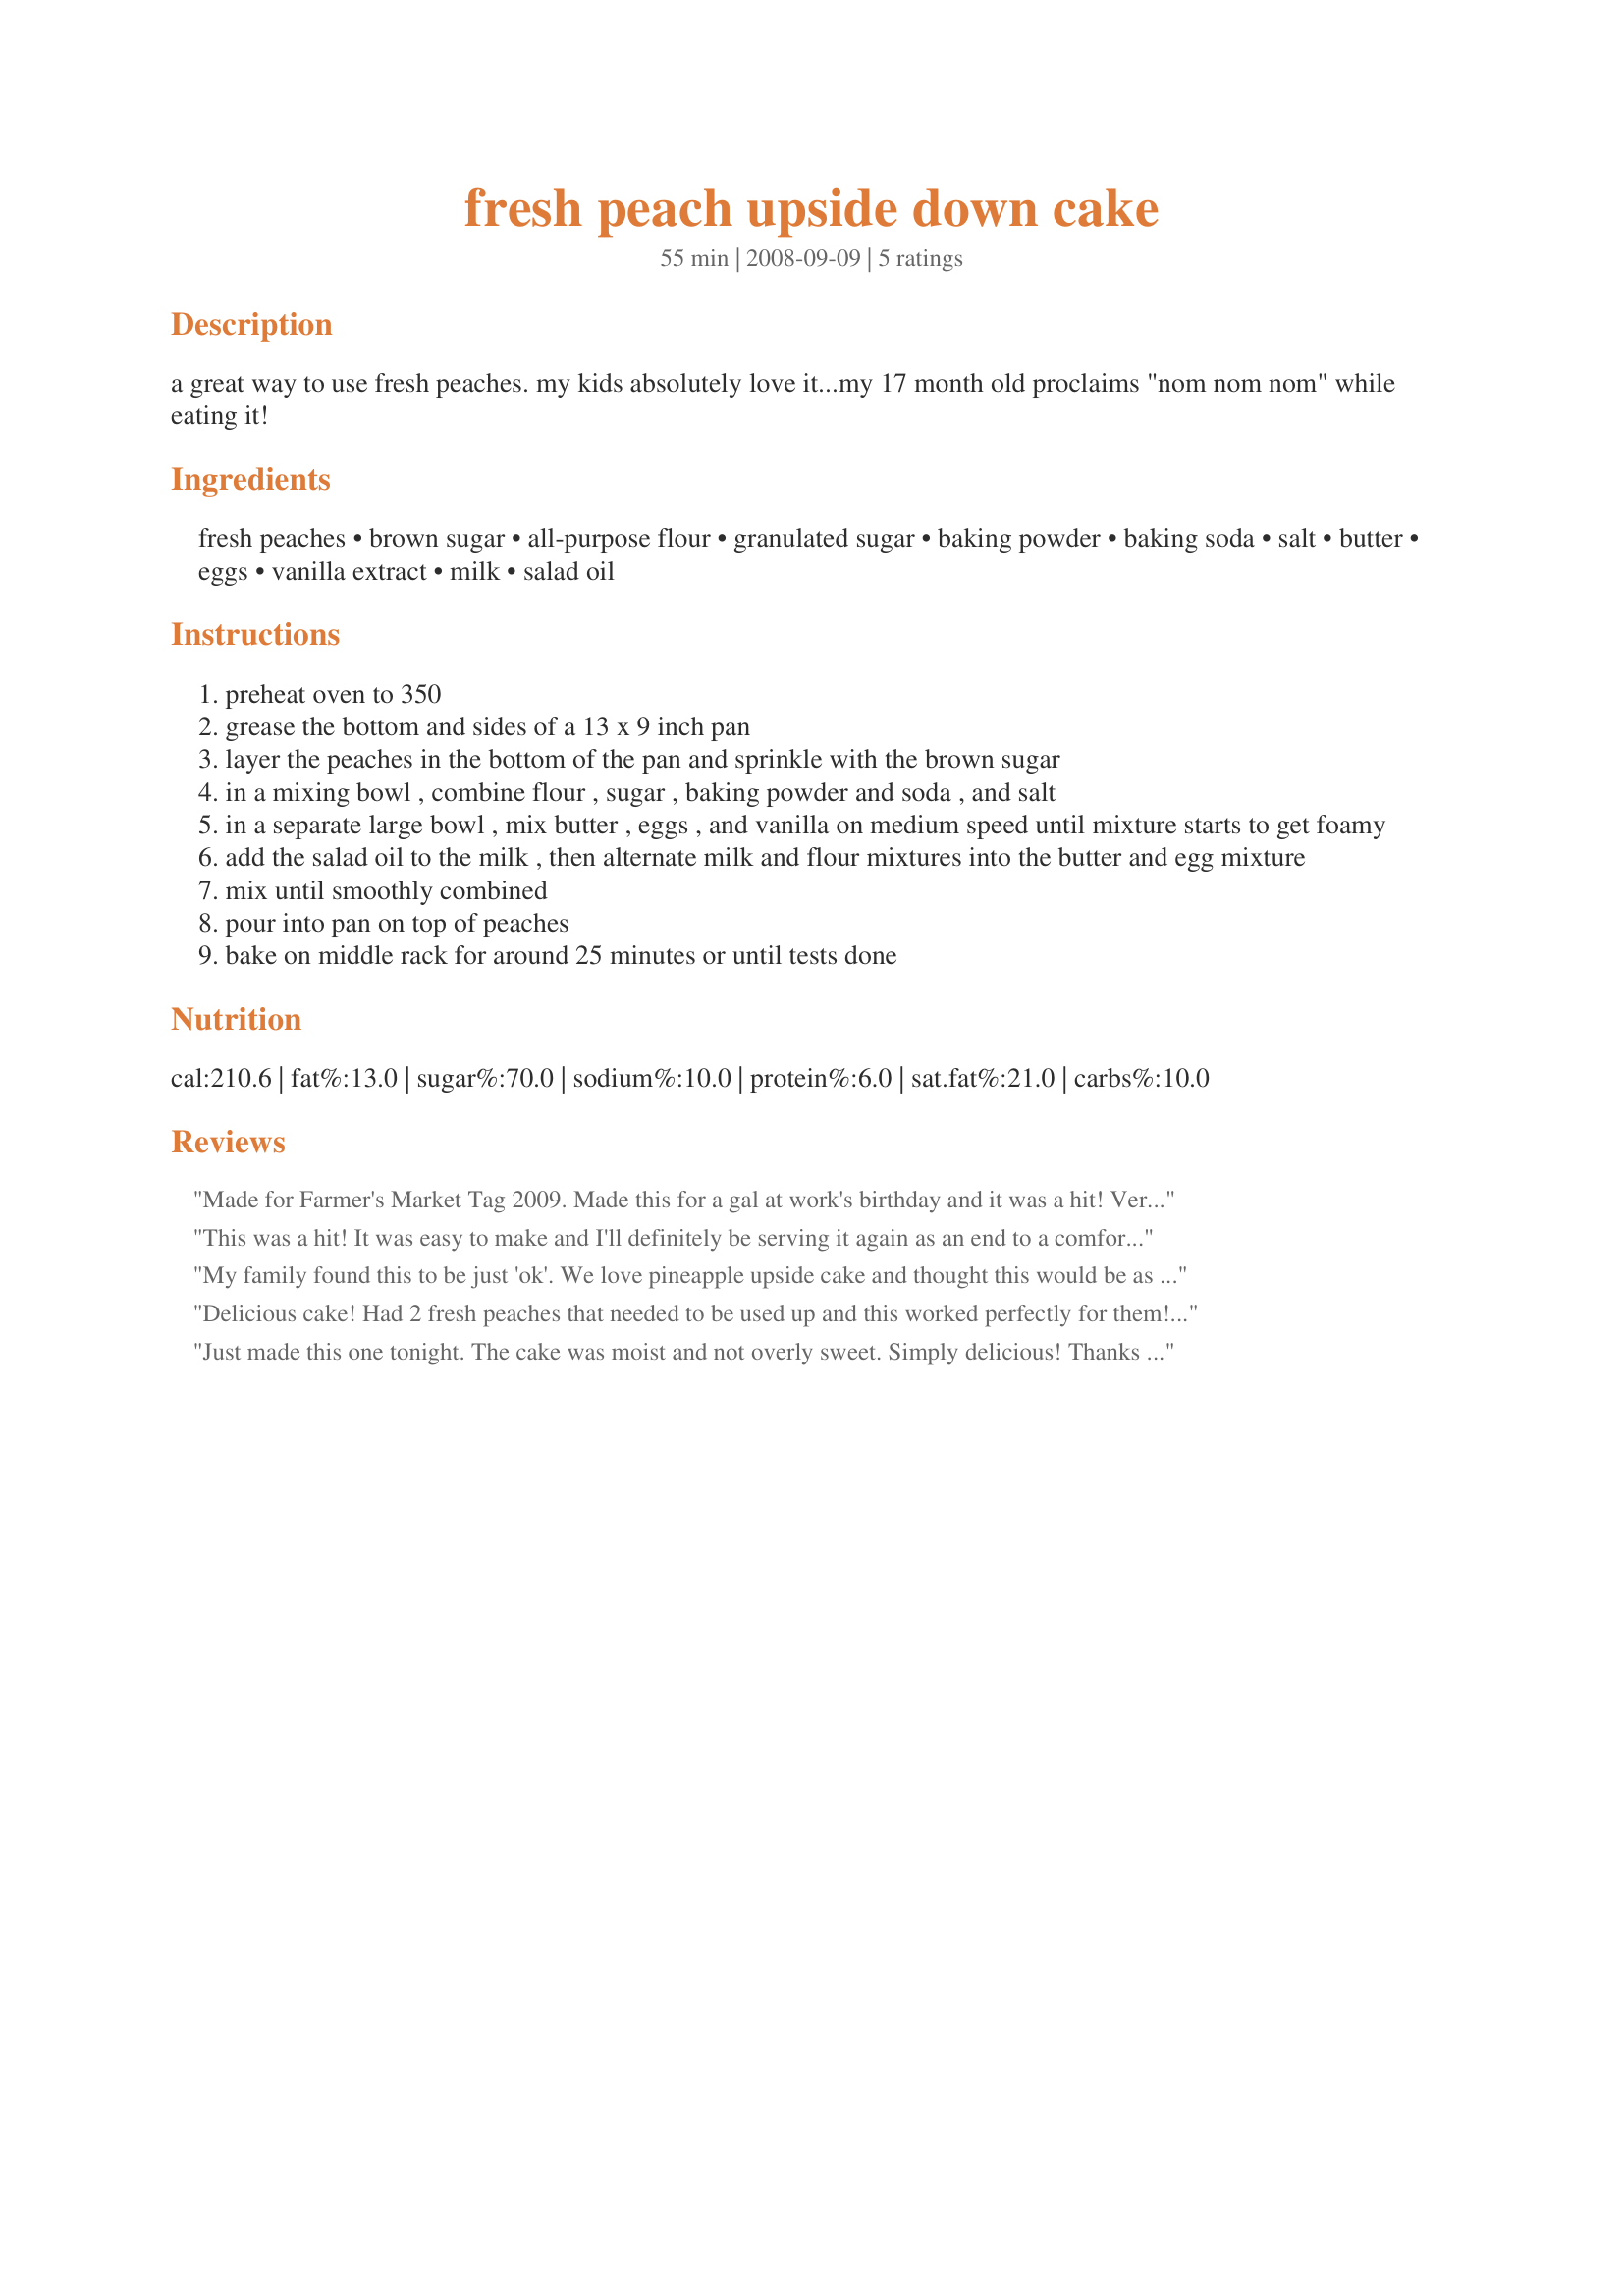
fresh peach upside down cake
Preparation time: 55 minutes

a great way to use fresh peaches. my kids absolutely love it...my 17 month old proclaims "nom nom nom" while eating it!

Ingredients:
fresh peaches, brown sugar, all-purpose flour, granulated sugar, baking powder, baking soda, salt, butter, eggs, vanilla extract, milk, salad oil

Steps:
preheat oven to 350
grease the bottom and sides of a 13 x 9 inch pan
layer the peaches in the bottom of the pan and sprinkle with the brown sugar
in a mixing bowl , combine flour , sugar , baking powder and soda , and salt
in a separate large bowl , mix butter , eggs , and vanilla on medium speed until mixture starts to get foamy
add the salad oil to the milk , then alternate milk and flour mixtures into the butter and egg mixture
mix until smoothly combined
pour into pan on top of peaches
bake on middle rack for around 25 minutes or until tests done

Reviews:
Made for Farmer's Market Tag 2009. Made this for a gal at work's birthday and it was a hit! Very moist and not overly sweet. The only thing that I had a problem with was not knowing exactly how long it should have cooled in the pan before turning it out. The topping and part of the cake stuck to the bottom of the pan, but I scraped it out with a spatula and put it on the cake. Tasted great anyway! Thanks for posting this kitchen mom!
This was a hit! It was easy to make and I'll definitely be serving it again as an end to a comfort food meal. Thanks for sharing!
My family found this to be just 'ok'. We love pineapple upside cake and thought this would be as good. We were disappointed, the cake was a bit dry and the peach topping was not ooey gooey like pineapple upside down cake. IF I try this again I will use my own topping ingredients which include butter and more brown sugar. Thanks for posting the recipe to try.
Delicious cake! Had 2 fresh peaches that needed to be used up and this worked perfectly for them! (I made a half recipe.) The cake was nice and sweet without being overly so. By accident, I left out the brown sugar over the peaches--probably would've been better with it, but was great even without! Oh, and I added a sprinkling of cinnamon in the dry mix. Thanks for posting this tasty treat!
Just made this one tonight. The cake was moist and not overly sweet. Simply delicious! Thanks for posting :0)
